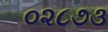
૦૨૮૭૩